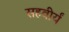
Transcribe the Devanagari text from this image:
सहवीर्यं